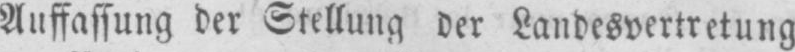
Auffassung der Stellung der Landesvertretung